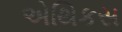
એથિકસ